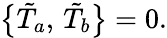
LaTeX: \bigl\{ \tilde{T}_{a},\, \tilde{T}_{b}\bigr\} =0.